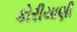
કોરીયાણી